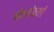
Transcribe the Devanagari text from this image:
मोठमोठाली